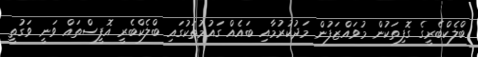
ބްލެކްބެރީގެ ގޮފިތަކުން މުވައްޒަފުން މަދުކުރުމާއި ބައެއް ގައުމުތަކުގައި ބްލެކްބެރީ އޮފީސްތައް ވަނީ ވަގުތީ